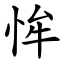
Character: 恈